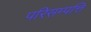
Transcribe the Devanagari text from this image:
परिसम्‍पत्ति